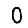
Digit: 0